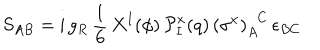
S _ { A B } = \mathrm { i } \, g _ { R } \, \frac { 1 } { 6 } \, X ^ { \mathbf { I } } ( \phi ) \, \mathcal { P } _ { \mathbf { I } } ^ { x } ( q ) \, \left( \sigma ^ { x } \right) _ { A } ^ { \phantom { A } C } \, \epsilon _ { B C }